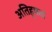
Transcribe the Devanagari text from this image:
अतिहृषता